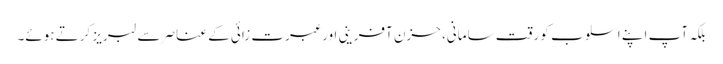
بلکہ آپ اپنے اسلوب کو رقت سامانی، حزن آفرینی اور عبرت زائی کے عناصر سے لبریز کرتے ہوئے۔